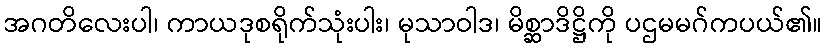
အဂတိလေးပါ၊ ကာယဒုစရိုက်သုံးပါး၊ မုသာဝါဒ၊ မိစ္ဆာဒိဋ္ဌိကို ပဌမမဂ်ကပယ်၏။